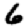
Digit: 6